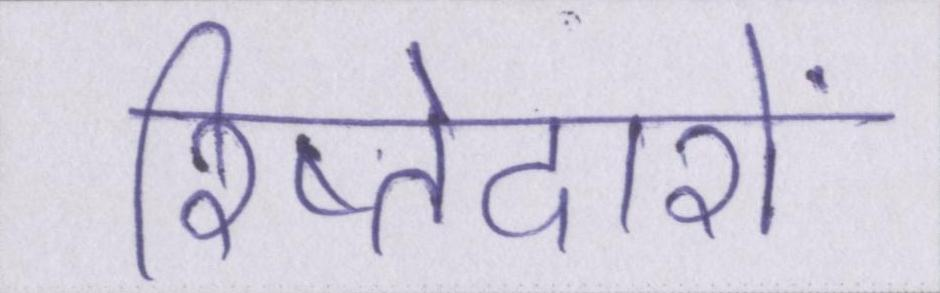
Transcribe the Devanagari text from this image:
रिष्तेदारों